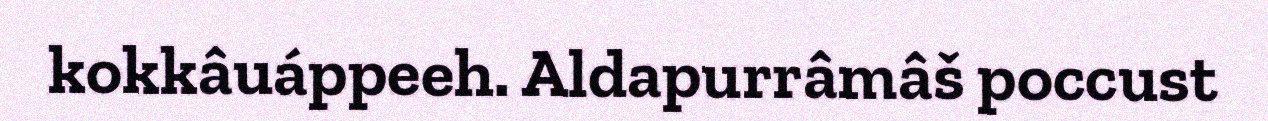
kokkâuáppeeh. Aldapurrâmâš poccust